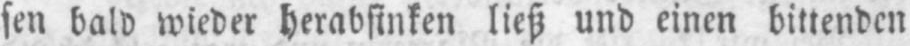
sen bald wieder herabsinken ließ und einen bittenden